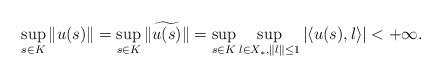
LaTeX: \begin{align*} \sup_{s \in K}\Vert u(s)\Vert=\sup_{s \in K}\Vert \widetilde{ u (s)}\Vert = \sup_{s\in K}\sup_{l\in X_*,\Vert l \Vert \leq 1} \vert \langle u(s),l\rangle \vert <+\infty .\end{align*}